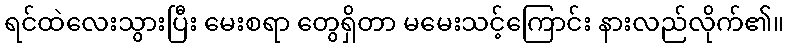
ရင်ထဲလေးသွားပြီး မေးစရာ တွေရှိတာ မမေးသင့်ကြောင်း နားလည်လိုက်၏။